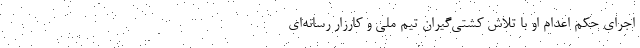
اجرای حکم اعدام او با تلاش کشتی‌گیران‌ تیم‌ ملی و کارزار رسانه‌ای